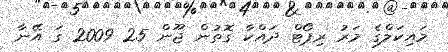
މައިކަލްގެ މަރު ރިޕޯޓް ދައްކާ ގޮތުން ޖޫން 25 2009 ގަ އޭނާ